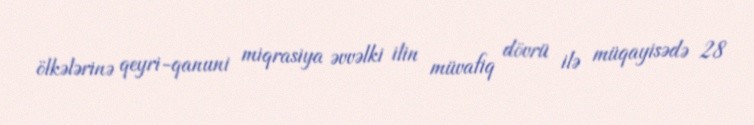
ölkələrinə qeyri-qanuni miqrasiya əvvəlki ilin müvafiq dövrü ilə müqayisədə 28